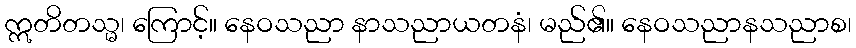
ဣတိတသ္မ၊ ကြောင့်။ နေဝသညာ နာသညာယတနံ၊ မည်၏။ နေဝသညာနသညာစ၊